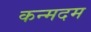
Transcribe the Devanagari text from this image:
कन्मदम